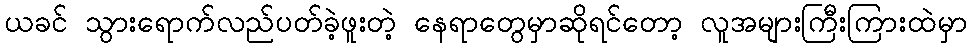
ယခင် သွားရောက်လည်ပတ်ခဲ့ဖူးတဲ့ နေရာတွေမှာဆိုရင်တော့ လူအများကြီးကြားထဲမှာ